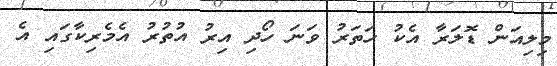
މިލިއަން ޑޮލަރާ އެކު ހަތަރު ވަނަ ހޯދި އިރު އުތުރު އެމެރިކާގައި އެ